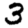
Digit: 3